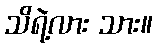
သိရဲ့လား သား။